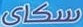
سكاى